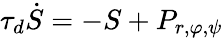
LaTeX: \tau_{d}\dot{S}=-S+P_{r,\varphi,\psi}